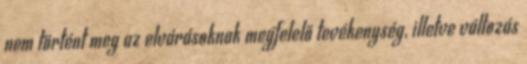
nem történt meg az elvárásoknak megfelelő tevékenység, illetve változás